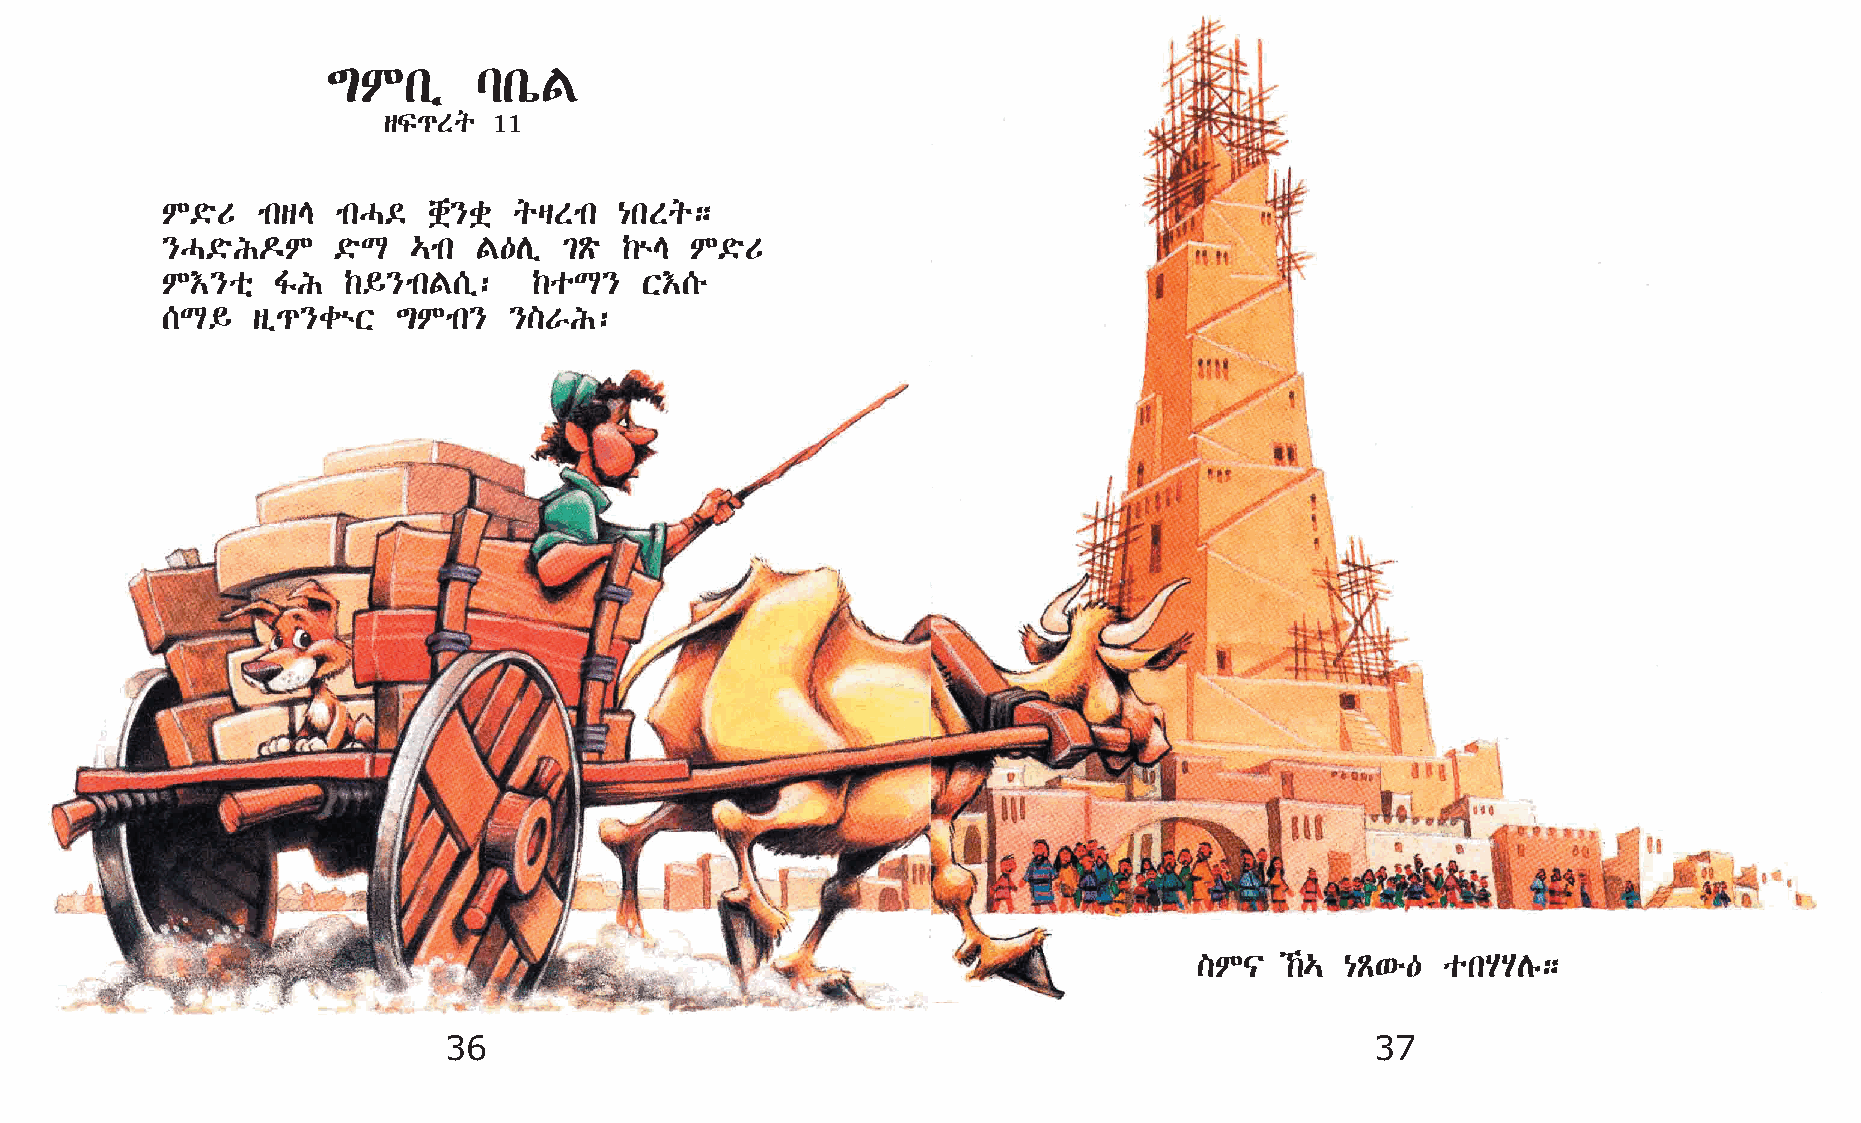
´Mkï      lkòF
 sÏ¹Sq   11
 M©öU  mksE mkH©  chü}cü qšSmk {kSq;
 }H©öI¬M    ©öL  …mk F—Dï  ²Ãö ‰ùE  M©öU
 M†}oñ  ÍI   ‰§}mkF[ï:   ‰oL}    X†[é
 [L§   sï¹}cùX  ´Mmk}   }]VI:
 ]M|   ‰… {Ã‘é—  okAADê;
 36                                                            37